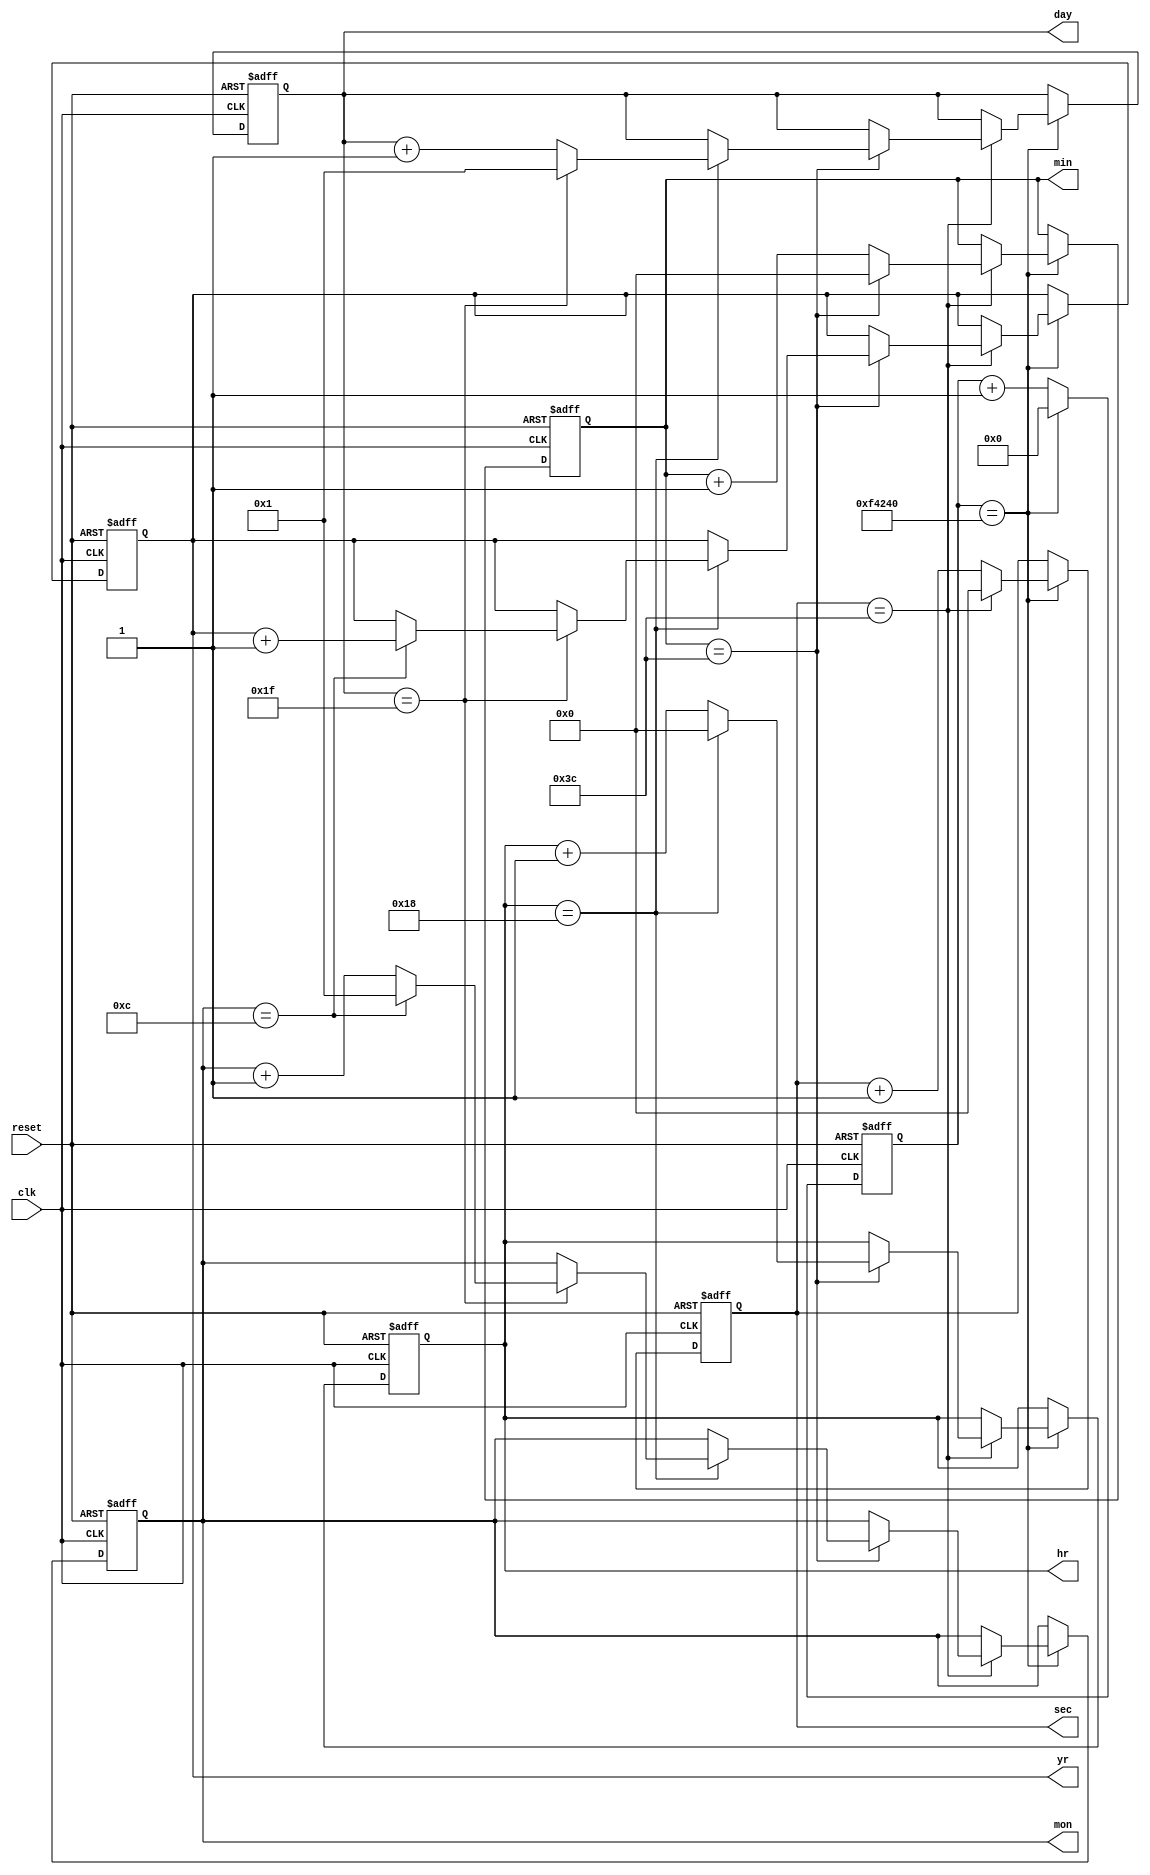
module real_time_clock(
    input wire clk,       // External clock source
    input wire reset,     // Reset input for synchronization
    output reg [6:0] sec, // Seconds counter
    output reg [6:0] min, // Minutes counter
    output reg [6:0] hr,  // Hours counter
    output reg [6:0] day, // Days counter
    output reg [6:0] mon, // Months counter
    output reg [6:0] yr    // Years counter
);

reg [31:0] count;

always @(posedge clk or posedge reset) begin
    if (reset) begin
        count <= 0;
        sec <= 7'b0;
        min <= 7'b0;
        hr <= 7'b0;
        day <= 7'b0;
        mon <= 7'b0;
        yr <= 7'b0;
    end else begin
        count <= count + 1;
        if (count == 1000000) begin
            count <= 0;
            sec <= sec + 1;
            if (sec == 60) begin
                sec <= 0;
                min <= min + 1;
                if (min == 60) begin
                    min <= 0;
                    hr <= hr + 1;
                    if (hr == 24) begin
                        hr <= 0;
                        day <= day + 1;
                        if (day == 31) begin
                            day <= 1;
                            mon <= mon + 1;
                            if (mon == 12) begin
                                mon <= 1;
                                yr <= yr + 1;
                            end
                        end
                    end
                end
            end
        end
    end
end

endmodule